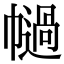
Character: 𢅗